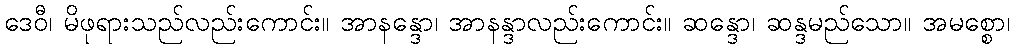
ဒေဝီ၊ မိဖုရားသည်လည်းကောင်း။ အာနန္ဒော၊ အာနန္ဒာလည်းကောင်း။ ဆန္ဒော၊ ဆန္ဒမည်သော။ အမစ္စော၊